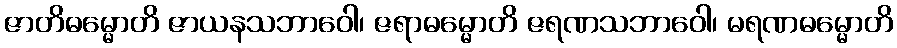
ဇာတိဓမ္မောတိ ဇာယနသဘာဝေါ၊ ဇရာဓမ္မောတိ ဇရဏသဘာဝေါ၊ မရဏဓမ္မောတိ